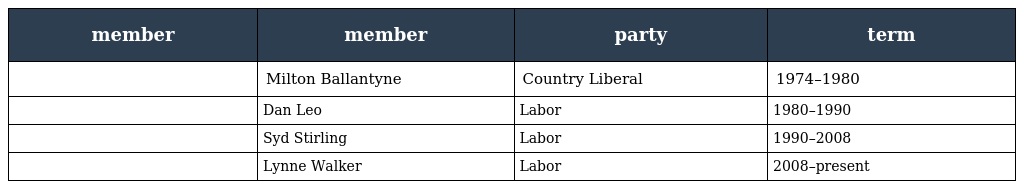
| member | member | party | term |
 | --- | --- | --- | --- |
 |  | Milton Ballantyne | Country Liberal | 1974–1980 |
 |  | Dan Leo | Labor | 1980–1990 |
 |  | Syd Stirling | Labor | 1990–2008 |
 |  | Lynne Walker | Labor | 2008–present |